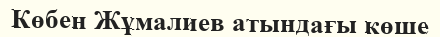
Көбен Жұмалиев атындағы көше